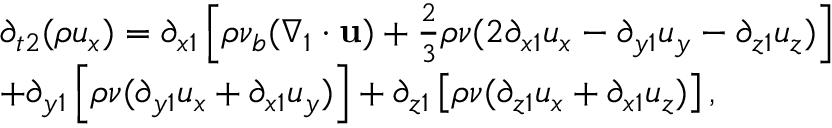
\begin{array} { l } { { \partial _ { t 2 } } ( \rho { u _ { x } } ) = { \partial _ { x 1 } } \left[ { \rho { \nu _ { b } } ( { \nabla _ { 1 } } \cdot { \bf { u } } ) + \frac { 2 } { 3 } \rho \nu ( 2 { \partial _ { x 1 } } { u _ { x } } - { \partial _ { y 1 } } { u _ { y } } - { \partial _ { z 1 } } { u _ { z } } ) } \right] } \\ { + { \partial _ { y 1 } } \left[ { \rho \nu ( { \partial _ { y 1 } } { u _ { x } } + { \partial _ { x 1 } } { u _ { y } } ) } \right] + { \partial _ { z 1 } } \left[ { \rho \nu ( { \partial _ { z 1 } } { u _ { x } } + { \partial _ { x 1 } } { u _ { z } } ) } \right] , } \end{array}